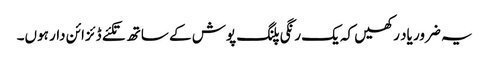
یہ ضرور یاد رکھیں کہ یک رنگی پلنگ پوش کے ساتھ تکئے ڈئزائن دار ہوں۔